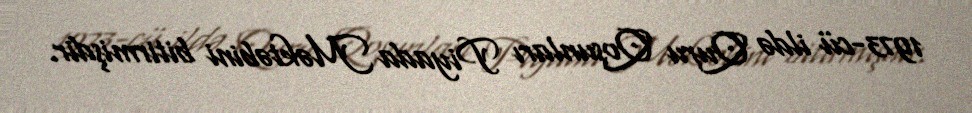
1973-cü ildə Quru Qoşunları Piyada Məktəbini bitirmişdir.